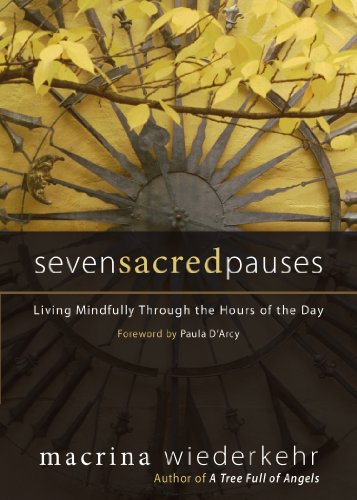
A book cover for Seven Sacred Pauses: Living Mindfully Through the Hours of the Day; Macrina Wiederkehr; Christian Books & Bibles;